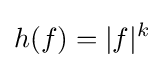
h(f)=|f|^{k}